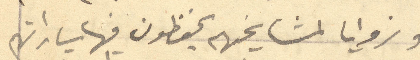
وزوايا لمشايخهم يحفظون فيها سياراتهم